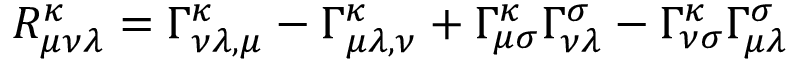
R _ { \mu \nu \lambda } ^ { \kappa } = \Gamma _ { { \nu \lambda } , \mu } ^ { \kappa } - \Gamma _ { { \mu \lambda } , \nu } ^ { \kappa } + \Gamma _ { \mu \sigma } ^ { \kappa } \Gamma _ { \nu \lambda } ^ { \sigma } - \Gamma _ { \nu \sigma } ^ { \kappa } \Gamma _ { \mu \lambda } ^ { \sigma }